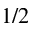
1 / 2